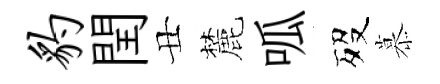
豹閏丑麓呱歿慕